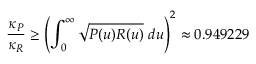
\frac { \kappa _ { P } } { \kappa _ { R } } \geq \left( \int _ { 0 } ^ { \infty } \sqrt { P ( u ) R ( u ) } ~ d u \right) ^ { 2 } \approx 0 . 9 4 9 2 2 9